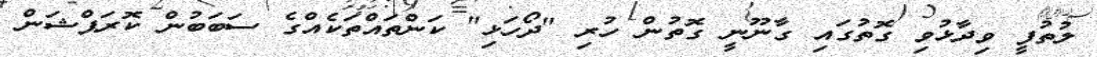
ލުތުފީ ވިދާޅުވި ގޮތުގައި ގާނޫނީ ގޮތުން ހުރި "ދޯހަޅި" ކަންތައްތަކެއްގެ ސަބަބުން ކޮރަޕްޝަން